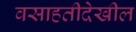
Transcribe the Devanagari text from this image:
वसाहतीदेखील